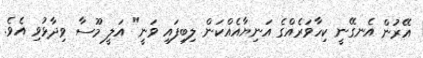
އޭރުން އެނގޭނީ ކިހާވަރެއްގެ އަނިޔާއެއްކަން ލިބިފައި ވަނީ" އަލީ މޫސާ ވިދާޅުވި އެވެ.